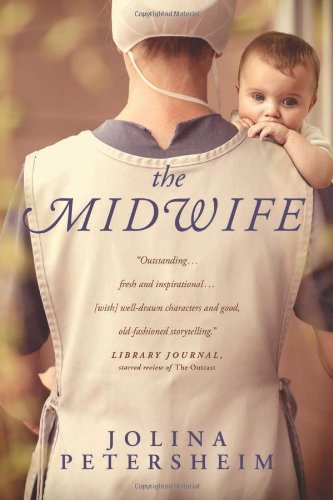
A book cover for The Midwife; Jolina Petersheim; Literature & Fiction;